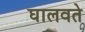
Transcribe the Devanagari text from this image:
घालवते